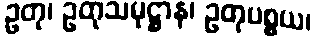
ဥတု၊ ဥတုသမုဋ္ဌာန၊ ဥတုပစ္စယ၊